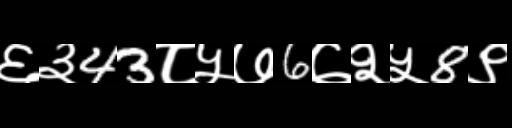
Text: ६३43८५७6७२५8९